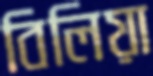
বিলিয়া